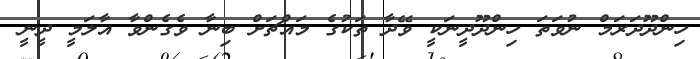
ހިންދޫދަރަމް ނުވަތަ ހިންދޫދީނަކީ ވޭދާ ތަކުގެ މައްޗަށް ބިނާ ވެގެންވާ އާލަމީ ދީނީ